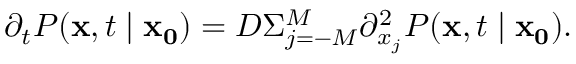
\partial _ { t } P ( \mathbf { x } , t \mid \mathbf { x _ { 0 } } ) = D \Sigma _ { j = - M } ^ { M } \partial _ { x _ { j } } ^ { 2 } P ( \mathbf { x } , t \mid \mathbf { x _ { 0 } } ) .